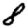
Digit: 8